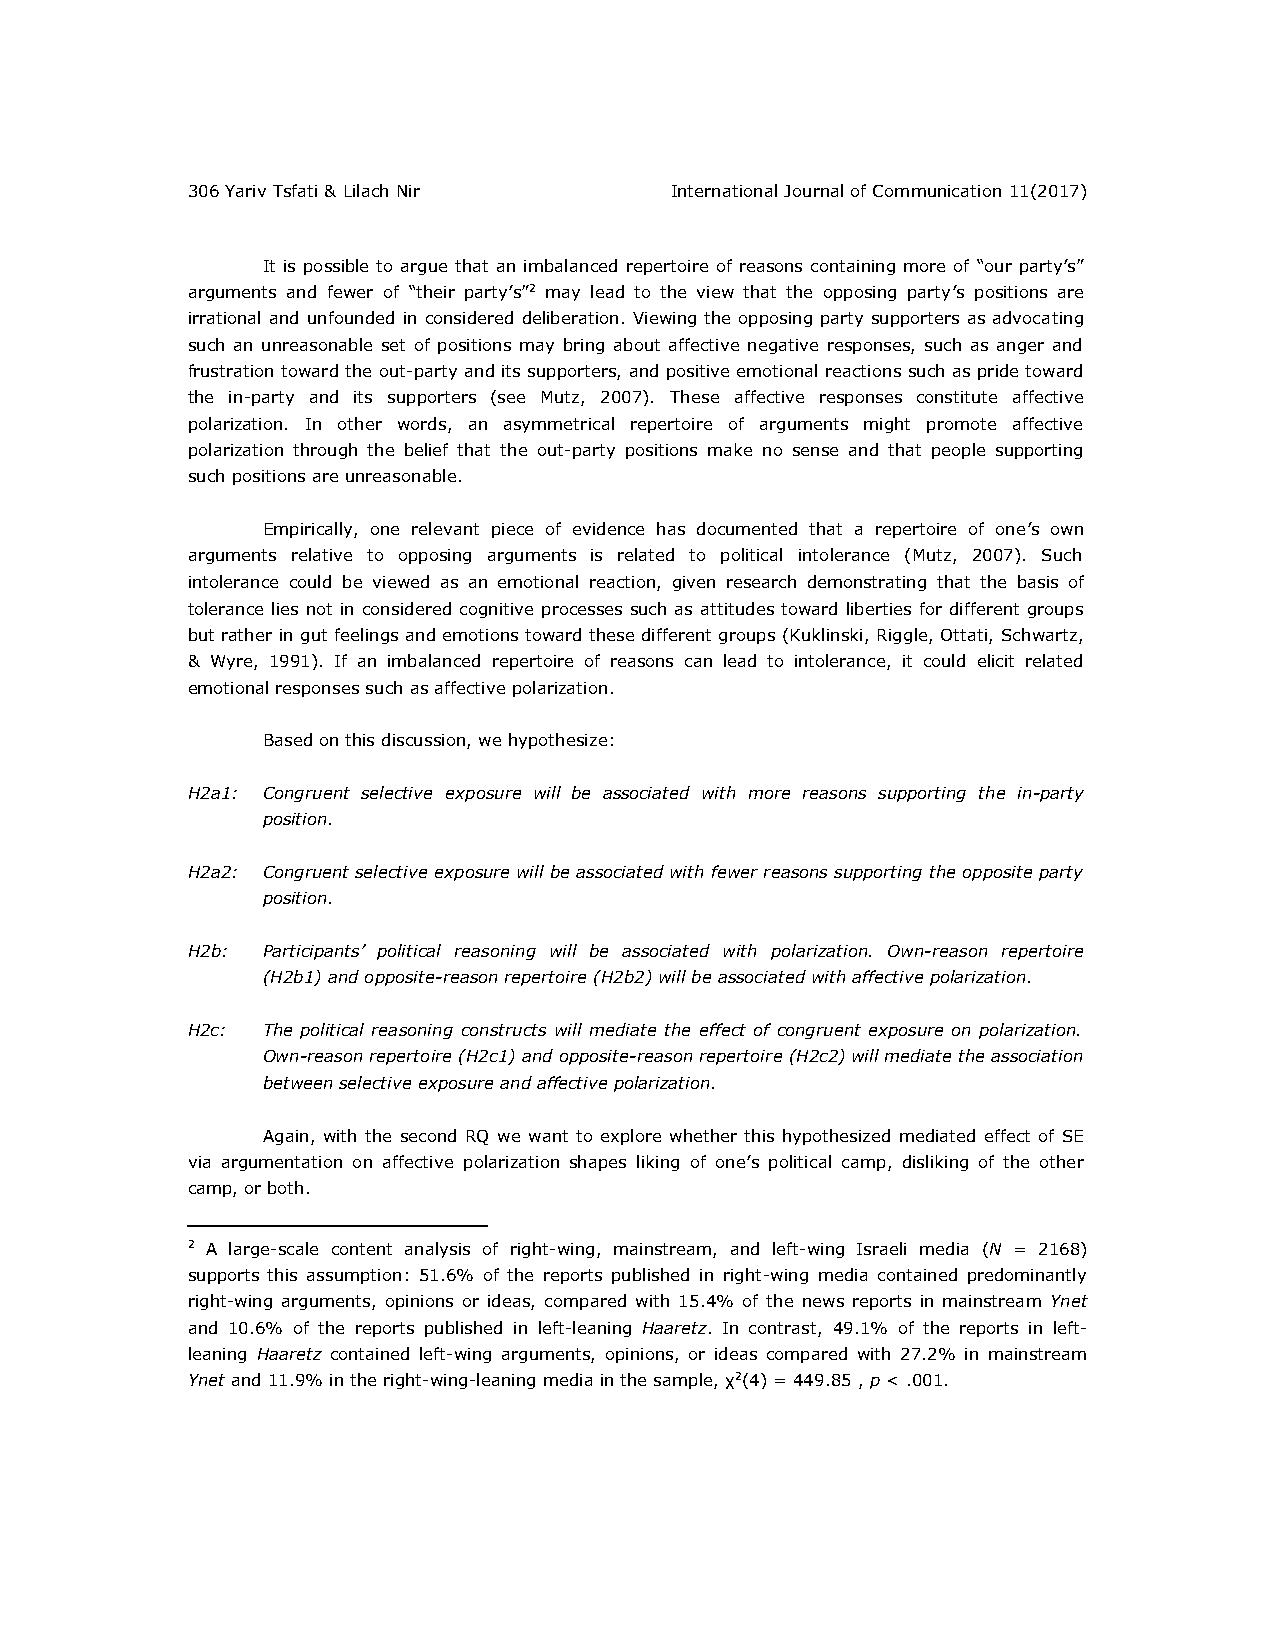
306 Yariv Tsfati & Lilach Nir   International Journal of Communication 11(2017)
 It is possible to argue that an imbalanced repertoire of reasons containing more of “our party’s”
 arguments and fewer of “their party’s”2 may lead to the view that the opposing party’s positions are
 irrational and unfounded in considered deliberation. Viewing the opposing party supporters as advocating
 such an unreasonable set of positions may bring about affective negative responses, such as anger and
 frustration toward the out-party and its supporters, and positive emotional reactions such as pride toward
 the in-party and its supporters (see Mutz, 2007). These affective responses constitute affective
 polarization. In other words, an asymmetrical repertoire of arguments might promote affective
 polarization through the belief that the out-party positions make no sense and that people supporting
 such positions are unreasonable.
 Empirically, one relevant piece of evidence has documented that a repertoire of one’s own
 arguments relative to opposing arguments is related to political intolerance (Mutz, 2007). Such
 intolerance could be viewed as an emotional reaction, given research demonstrating that the basis of
 tolerance lies not in considered cognitive processes such as attitudes toward liberties for different groups
 but rather in gut feelings and emotions toward these different groups (Kuklinski, Riggle, Ottati, Schwartz,
 & Wyre, 1991). If an imbalanced repertoire of reasons can lead to intolerance, it could elicit related
 emotional responses such as affective polarization.
 Based on this discussion, we hypothesize:
 H2a1: Congruent selective exposure will be associated with more reasons supporting the in-party
 position.
 H2a2: Congruent selective exposure will be associated with fewer reasons supporting the opposite party
 position.
 H2b: Participants’ political reasoning will be associated with polarization. Own-reason repertoire
 (H2b1) and opposite-reason repertoire (H2b2) will be associated with affective polarization.
 H2c: The political reasoning constructs will mediate the effect of congruent exposure on polarization.
 Own-reason repertoire (H2c1) and opposite-reason repertoire (H2c2) will mediate the association
 between selective exposure and affective polarization.
 Again, with the second RQ we want to explore whether this hypothesized mediated effect of SE
 via argumentation on affective polarization shapes liking of one’s political camp, disliking of the other
 camp, or both.
 2 A large-scale content analysis of right-wing, mainstream, and left-wing Israeli media (N = 2168)
 supports this assumption: 51.6% of the reports published in right-wing media contained predominantly
 right-wing arguments, opinions or ideas, compared with 15.4% of the news reports in mainstream Ynet
 and 10.6% of the reports published in left-leaning Haaretz. In contrast, 49.1% of the reports in left-
 leaning Haaretz contained left-wing arguments, opinions, or ideas compared with 27.2% in mainstream
 Ynet and 11.9% in the right-wing-leaning media in the sample, χ2(4) = 449.85 , p < .001.